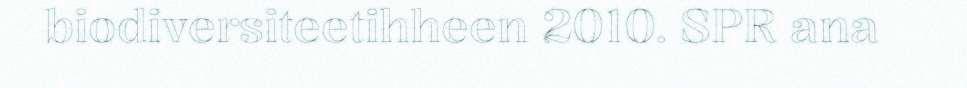
biodiversiteetihheen 2010. SPR ana